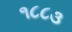
૧૮૮૩